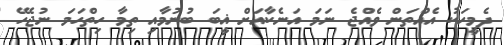
ދެމީހަކު އެއްތަން ވެއްޖެ ނަމަ އަނެކާއަށް ޣީބަ ބުނުމާއި ތިމާ ހިތްހަމަ ނުޖެހޭ